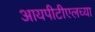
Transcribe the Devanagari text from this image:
आयपीटीएलच्या